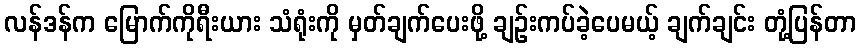
လန်ဒန်က မြောက်ကိုရီးယား သံရုံးကို မှတ်ချက်ပေးဖို့ ချဉ်းကပ်ခဲ့ပေမယ့် ချက်ချင်း တုံ့ပြန်တာ